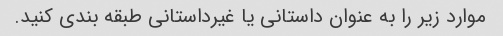
موارد زیر را به عنوان داستانی یا غیرداستانی طبقه بندی کنید.